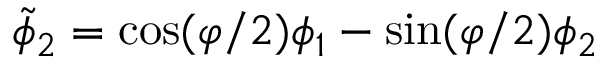
\tilde { \phi } _ { 2 } = \cos ( \varphi / 2 ) \phi _ { 1 } - \sin ( \varphi / 2 ) \phi _ { 2 }